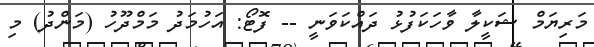
މަރިޔަމް ޝަކީލާ ވާހަކަފުޅު ދައްކަވަނީ -- ފޮޓޯ: އަހުމަދު މަމްދޫހު (މަންދު) މި